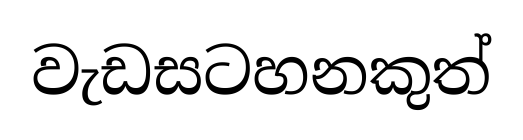
වැඩසටහනකුත්